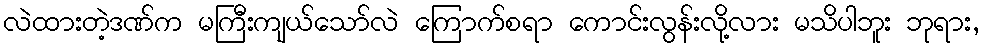
လဲထားတဲ့ဒဏ်က မကြီးကျယ်သော်လဲ ကြောက်စရာ ကောင်းလွန်းလို့လား မသိပါဘူး ဘုရား,